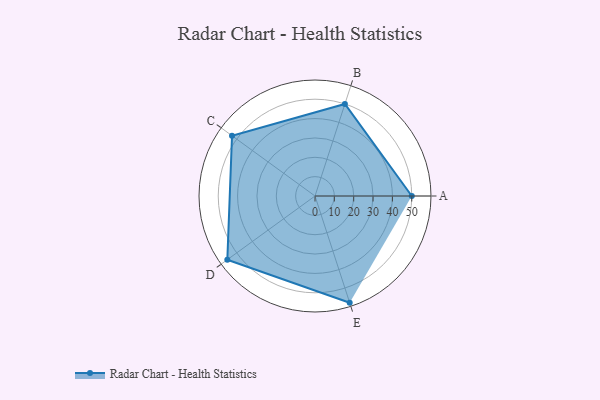
{"axis": {"x": "Skill", "y": "Score"}, "legend": ["Profile"], "data": [{"x": "A", "y": 50.0, "type": "Profile"}, {"x": "B", "y": 50.0, "type": "Profile"}, {"x": "C", "y": 53.0, "type": "Profile"}, {"x": "D", "y": 56.0, "type": "Profile"}, {"x": "E", "y": 58.0, "type": "Profile"}]}